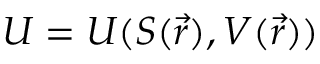
U = U ( S ( \vec { r } ) , V ( \vec { r } ) )